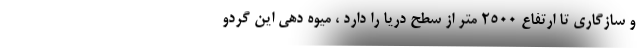
و سازگاری تا ارتفاع 2500 متر از سطح دریا را دارد ، میوه دهی این گردو